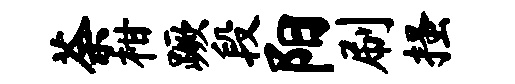
荼柑蹶段阳刷搔